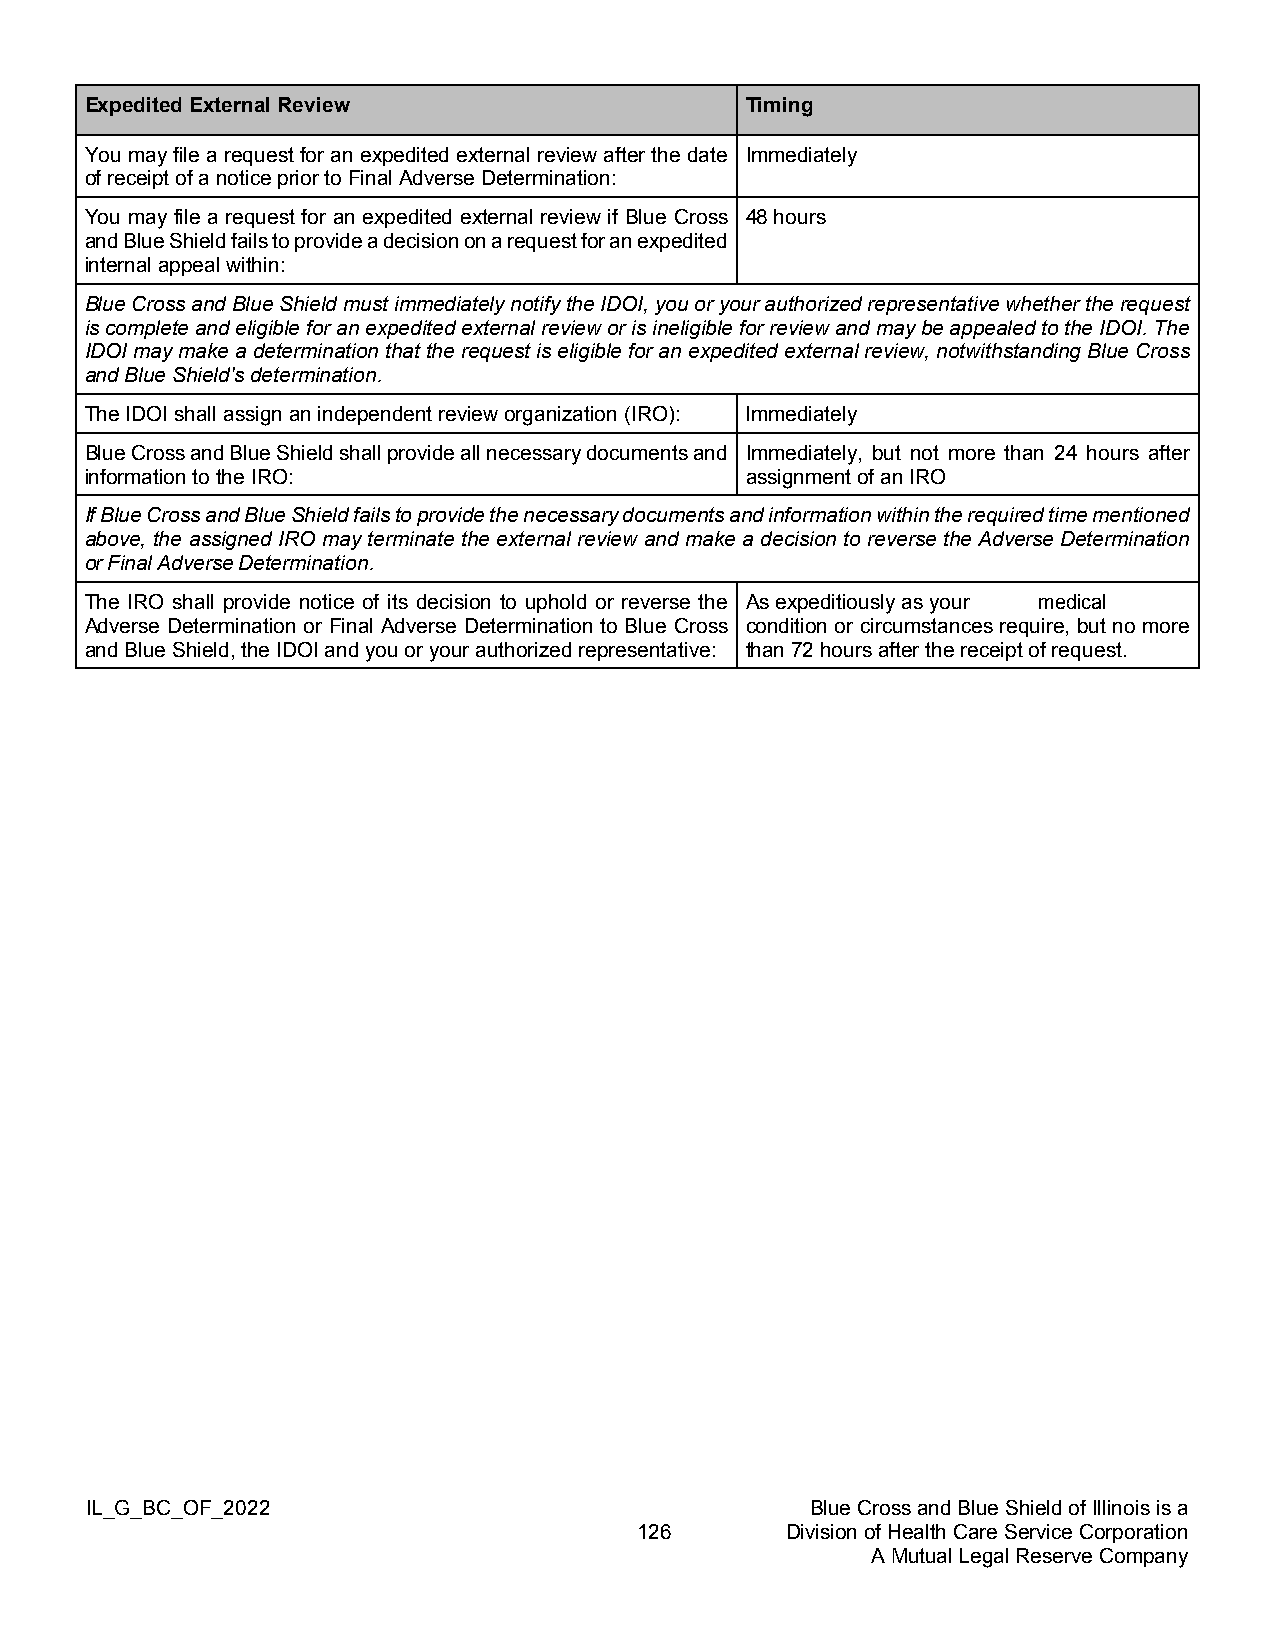
Expedited External Review                  Timing
 You may file a request for an expedited external review after the date Immediately
 of receipt of a notice prior to Final Adverse Determination:
 You may file a request for an expedited external review if Blue Cross 48 hours
 and Blue Shield fails to provide a decision on a request for an expedited
 internal appeal within:
 Blue Cross and Blue Shield must immediately notify the IDOI, you or your authorized representative whether the request
 is complete and eligible for an expedited external review or is ineligible for review and may be appealed to the IDOI. The
 IDOI may make a determination that the request is eligible for an expedited external review, notwithstanding Blue Cross
 and Blue Shield's determination.
 The IDOI shall assign an independent review organization (IRO): Immediately
 Blue Cross and Blue Shield shall provide all necessary documents and Immediately, but not more than 24 hours after
 information to the IRO:                    assignment of an IRO
 If Blue Cross and Blue Shield fails to provide the necessary documents and information within the required time mentioned
 above, the assigned IRO may terminate the external review and make a decision to reverse the Adverse Determination
 or Final Adverse Determination.
 The IRO shall provide notice of its decision to uphold or reverse the As expeditiously as your medical
 Adverse Determination or Final Adverse Determination to Blue Cross condition or circumstances require, but no more
 and Blue Shield, the IDOI and you or your authorized representative: than 72 hours after the receipt of request.
 IL_G_BC_OF_2022                                 Blue Cross and Blue Shield of Illinois is a
 126       Division of Health Care Service Corporation
 A Mutual Legal Reserve Company